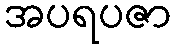
အပရပဇာ